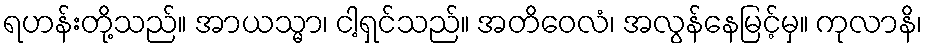
ရဟန်းတို့သည်။ အာယသ္မာ၊ ငါ့ရှင်သည်။ အတိဝေလံ၊ အလွန်နေမြင့်မှ။ ကုလာနိ၊